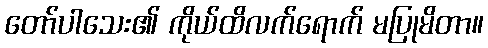
တော်ပါသေး၏ ကိုယ်ထိလက်ရောက် မပြုမိတာ။